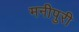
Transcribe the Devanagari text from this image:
मनीपुरी